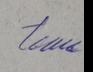
Signature authenticity: genuine